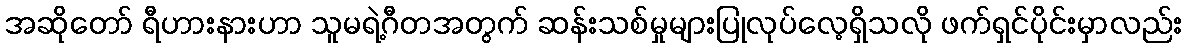
အဆိုတော် ရီဟားနားဟာ သူမရဲ့ဂီတအတွက် ဆန်းသစ်မှုများပြုလုပ်လေ့ရှိသလို ဖက်ရှင်ပိုင်းမှာလည်း